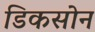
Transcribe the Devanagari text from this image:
डिकसोन